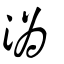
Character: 溈